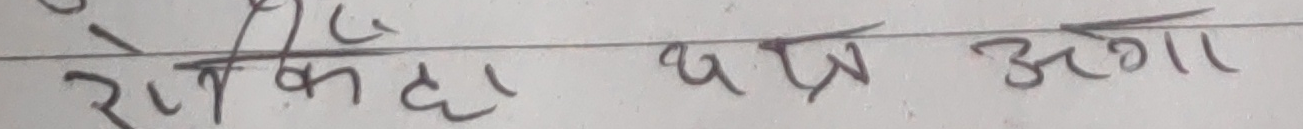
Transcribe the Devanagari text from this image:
रेकीका छात्र अगा